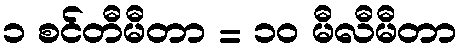
၁ စင်တီမီတာ = ၁၀ မီလီမီတာ